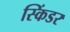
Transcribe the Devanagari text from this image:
स्किंडर